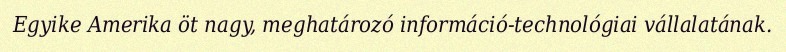
Egyike Amerika öt nagy, meghatározó információ-technológiai vállalatának.